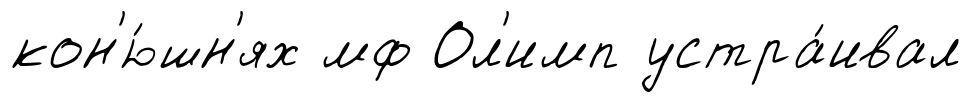
кон'ю́шн'ях мф Ол'имп устра́ивал